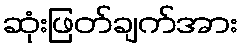
ဆုံးဖြတ်ချက်အား